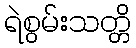
ရဲစွမ်းသတ္တိ